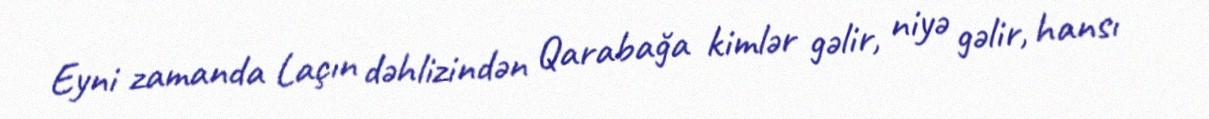
Eyni zamanda Laçın dəhlizindən Qarabağa kimlər gəlir, niyə gəlir, hansı